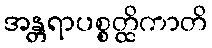
အန္တရာပစ္စတ္ထိကာတိ